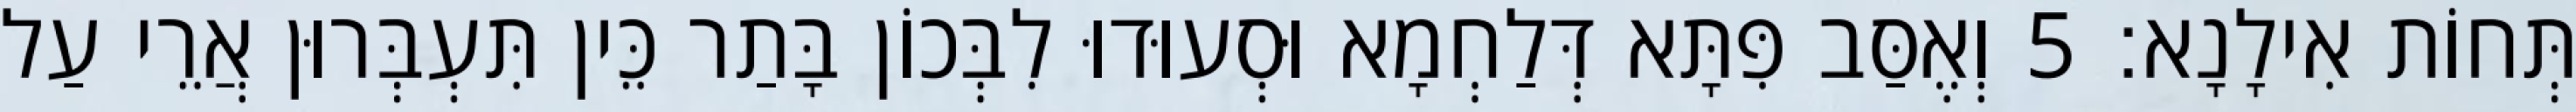
תְּחוֹת אִילָנָא׃ 5 וְאֶסַּב פִּתָּא דְּלַחְמָא וּסְעוּדוּ לִבְּכוֹן בָּתַר כֵּין תִּעְבְּרוּן אֲרֵי עַל